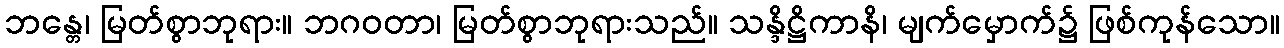
ဘန္တေ၊ မြတ်စွာဘုရား။ ဘဂဝတာ၊ မြတ်စွာဘုရားသည်။ သန္ဒိဋ္ဌိကာနိ၊ မျက်မှောက်၌ ဖြစ်ကုန်သော။